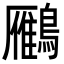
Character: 𪆒